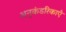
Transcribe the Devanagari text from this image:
अनुकंडरिकाएँ